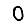
Digit: 0